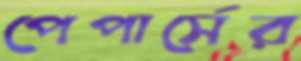
পেপার্সের